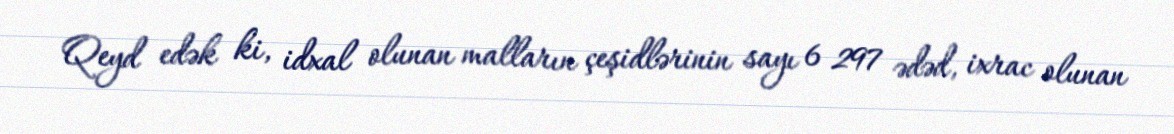
Qeyd edək ki, idxal olunan malların çeşidlərinin sayı 6 297 ədəd, ixrac olunan